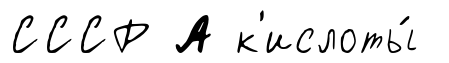
СССР А к'ислоты́